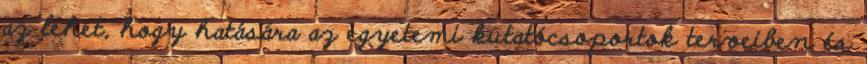
az lehet, hogy hatására az egyetemi kutatócsoportok terveiben és